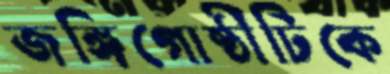
জঙ্গিগোষ্ঠীটিকে